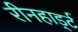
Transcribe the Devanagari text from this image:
रीनहार्ड्ट